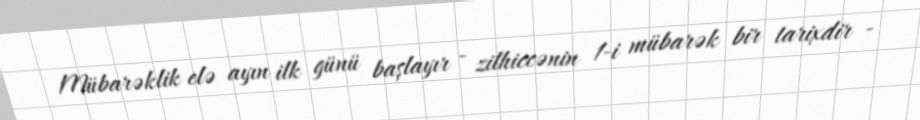
Mübarəklik elə ayın ilk günü başlayır - zilhiccənin 1-i mübarək bir tarixdir -